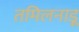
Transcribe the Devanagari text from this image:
तमिलनाड़ू